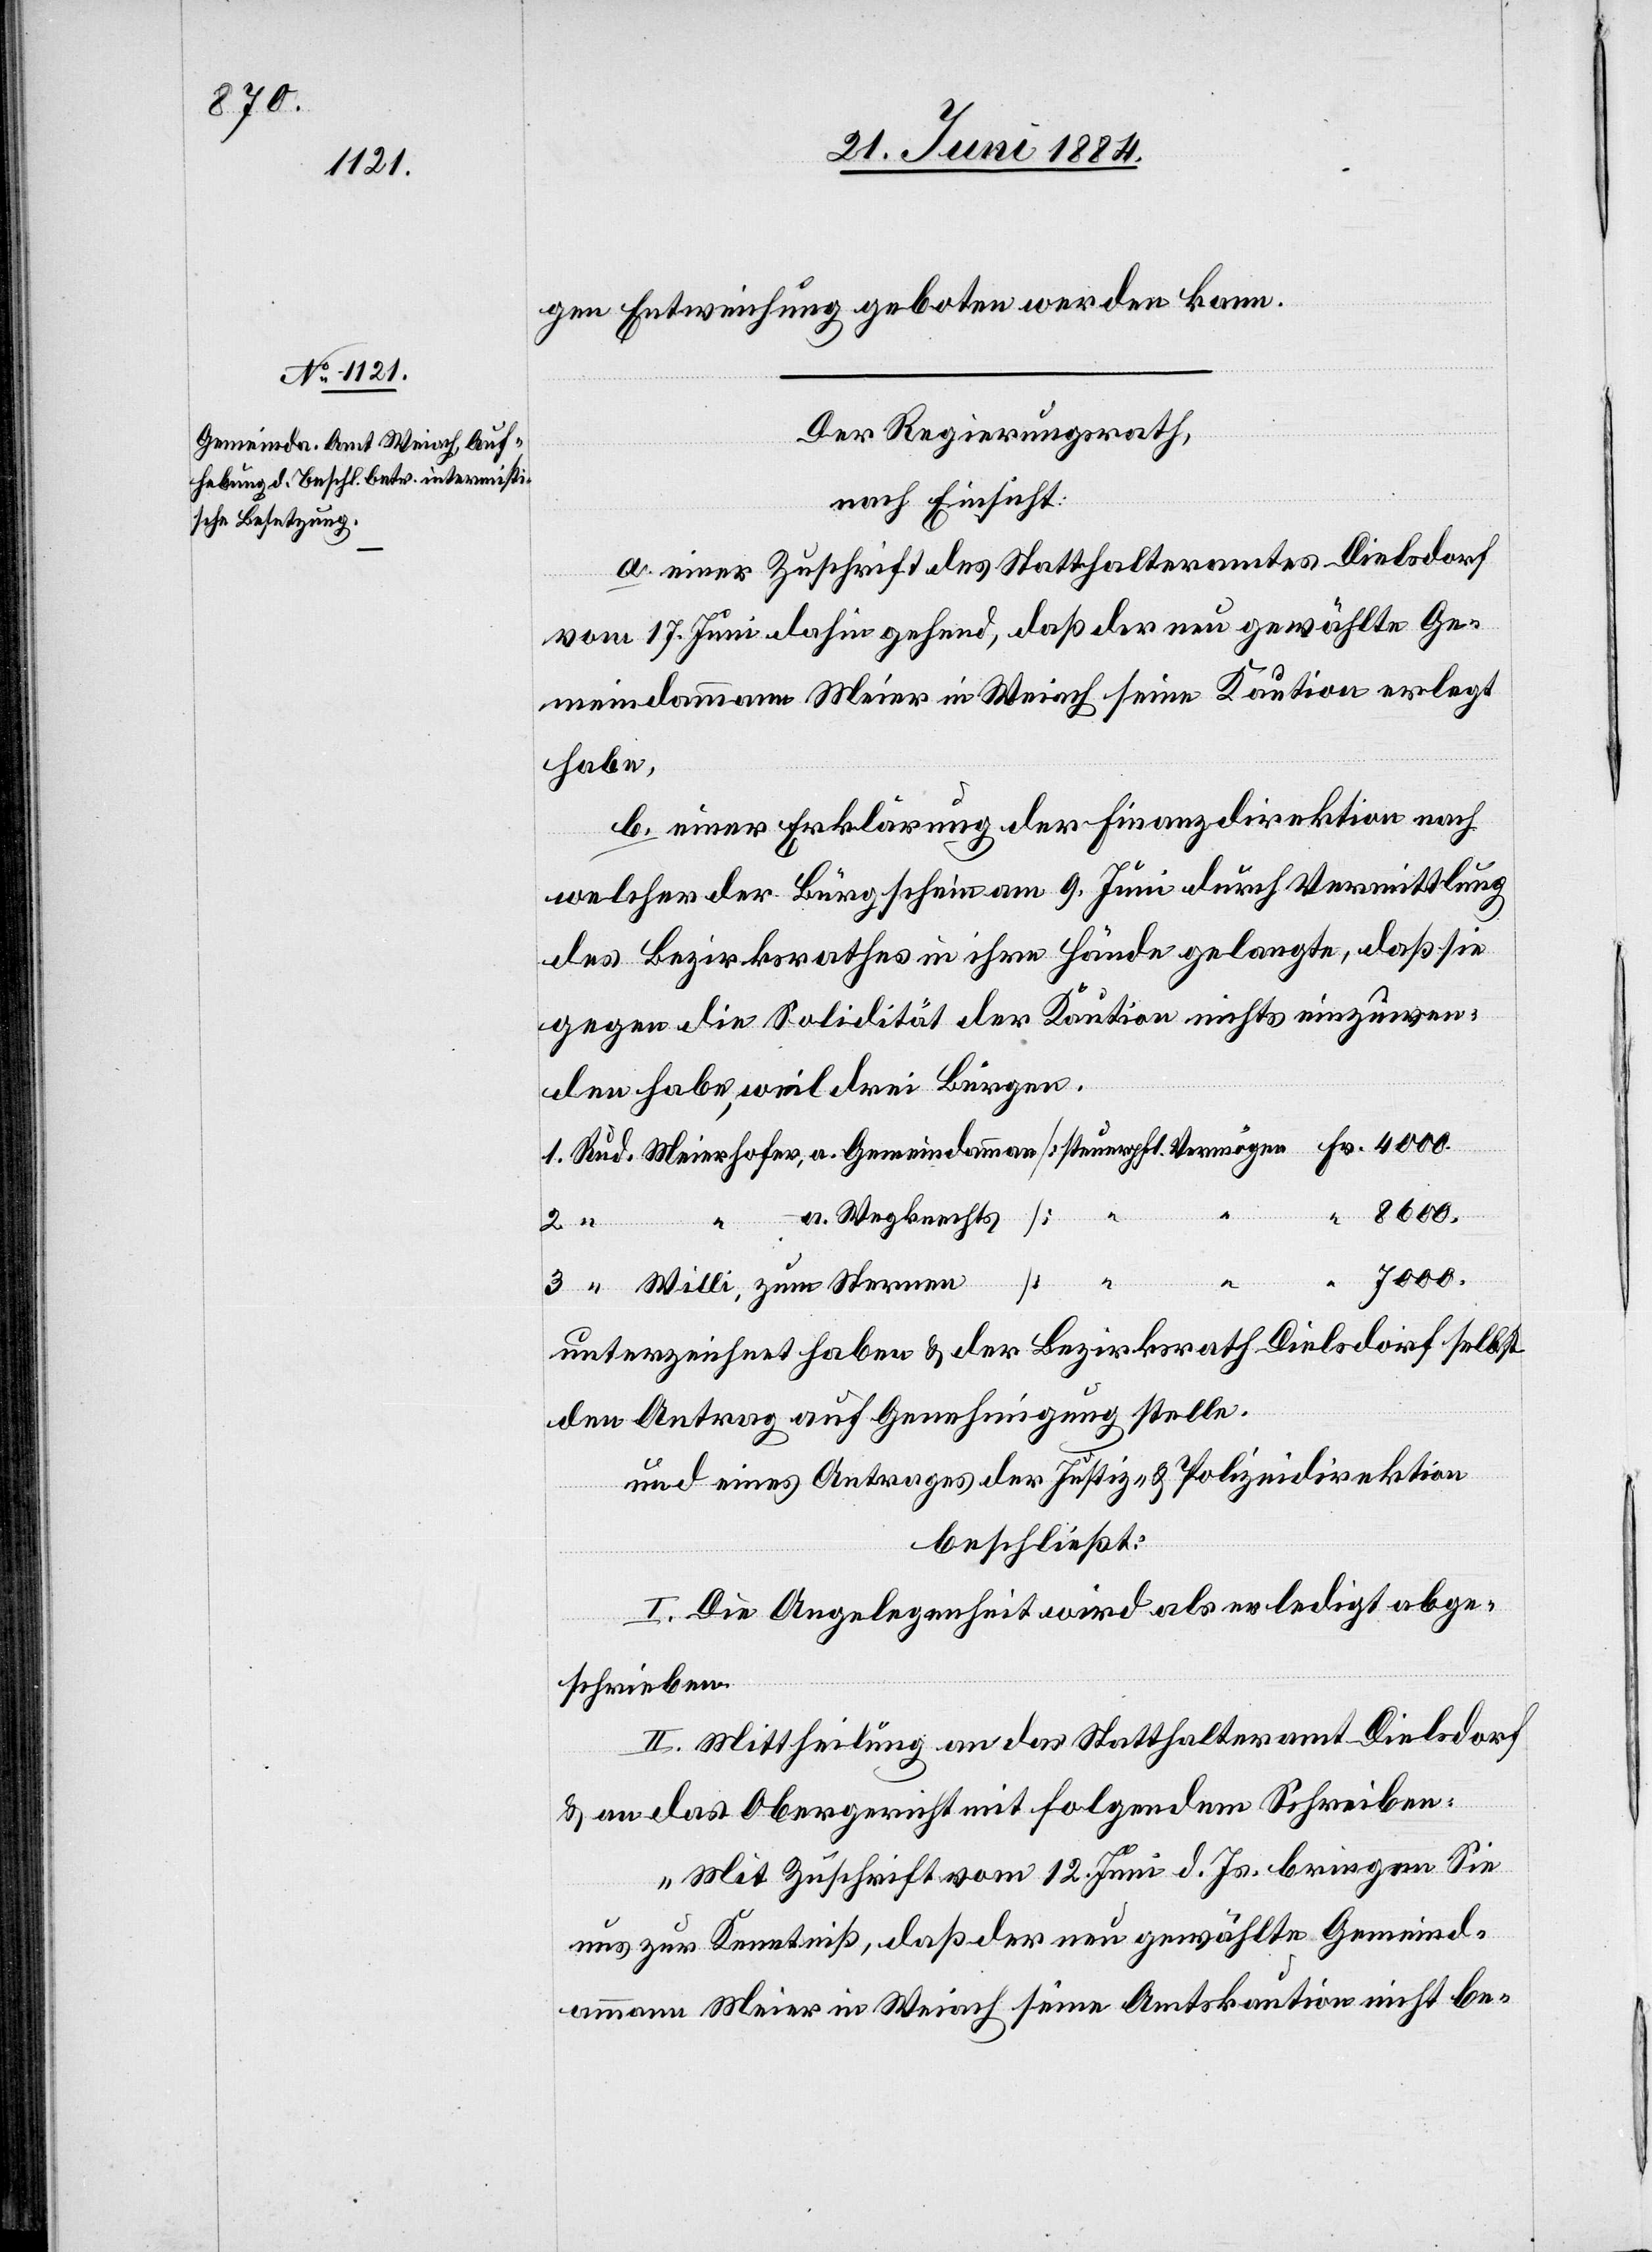
gen Entweichung geboten werden kann.
Fr.
Der Regierungsrath,
nach Einsicht:
a. einer Zuschrift des Statthalteramtes Dielsdorf
vom 17. Juni dahin gehend, daß der neu gewählte Ge¬
meindammann Meier in Weiach seine Kaution erlegt
habe.
b. einer Erklärung der Finanzdirektion nach
welcher der Bürgschein am 9. Juni durch Vermittlung
des Bezirksrathes in ihre Hände gelangte, daß sie
gegen die Solidität der Kaution nichts einzuwen¬
den habe, weil drei Bürgen
Sternen
3.
a. Wegknechts
[ “
unterzeichnet haben & der Bezirksrath Dielsdorf selbst
den Antrag auf Genehmigung stelle.
und eines Antrages der Justiz & Polizeidirektion
beschließt:
I. Die Angelegenheit wird als erledigt abge¬
schrieben.
II. Mittheilung an das Statthalteramt Dielsdorf
& an das Obergericht mit folgendem Schreiben:
„Mit Zuschrift vom 12. Juni d. Js. bringen Sie
uns zur Kenntniß, daß der neu gewählte Gemeind¬
ammann Meier in Weiach seine Amtskaution nicht be-